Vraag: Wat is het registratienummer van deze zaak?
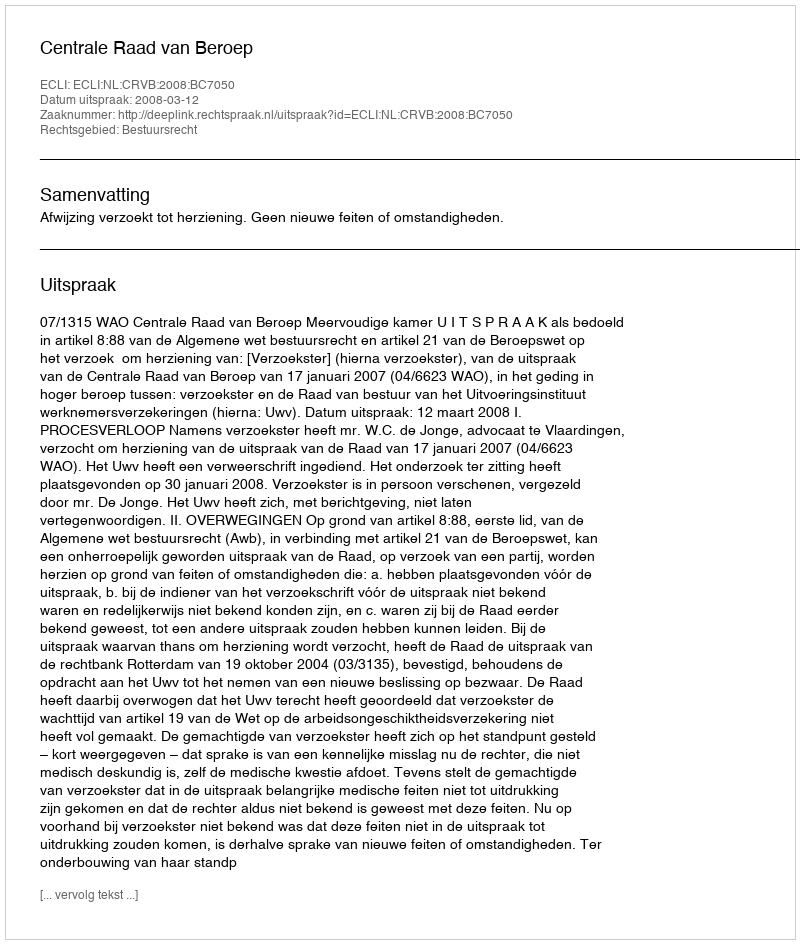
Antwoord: http://deeplink.rechtspraak.nl/uitspraak?id=ECLI:NL:CRVB:2008:BC7050